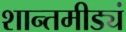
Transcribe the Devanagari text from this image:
शान्तमीड्यं